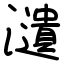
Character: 瀢